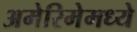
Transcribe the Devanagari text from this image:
अमेरिमेमध्ये